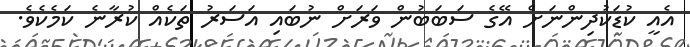
އެއީ ކުޑަކުދިންނަށް އޭގެ ސަބަބުން ވަރަށް ނުބައި އަސަރު ތަކެއް ކުރާނެ ކަމެކެވެ.